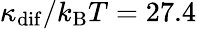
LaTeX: \kappa_{\mathrm{dif}}/k_{\mathrm{B}}T=27.4